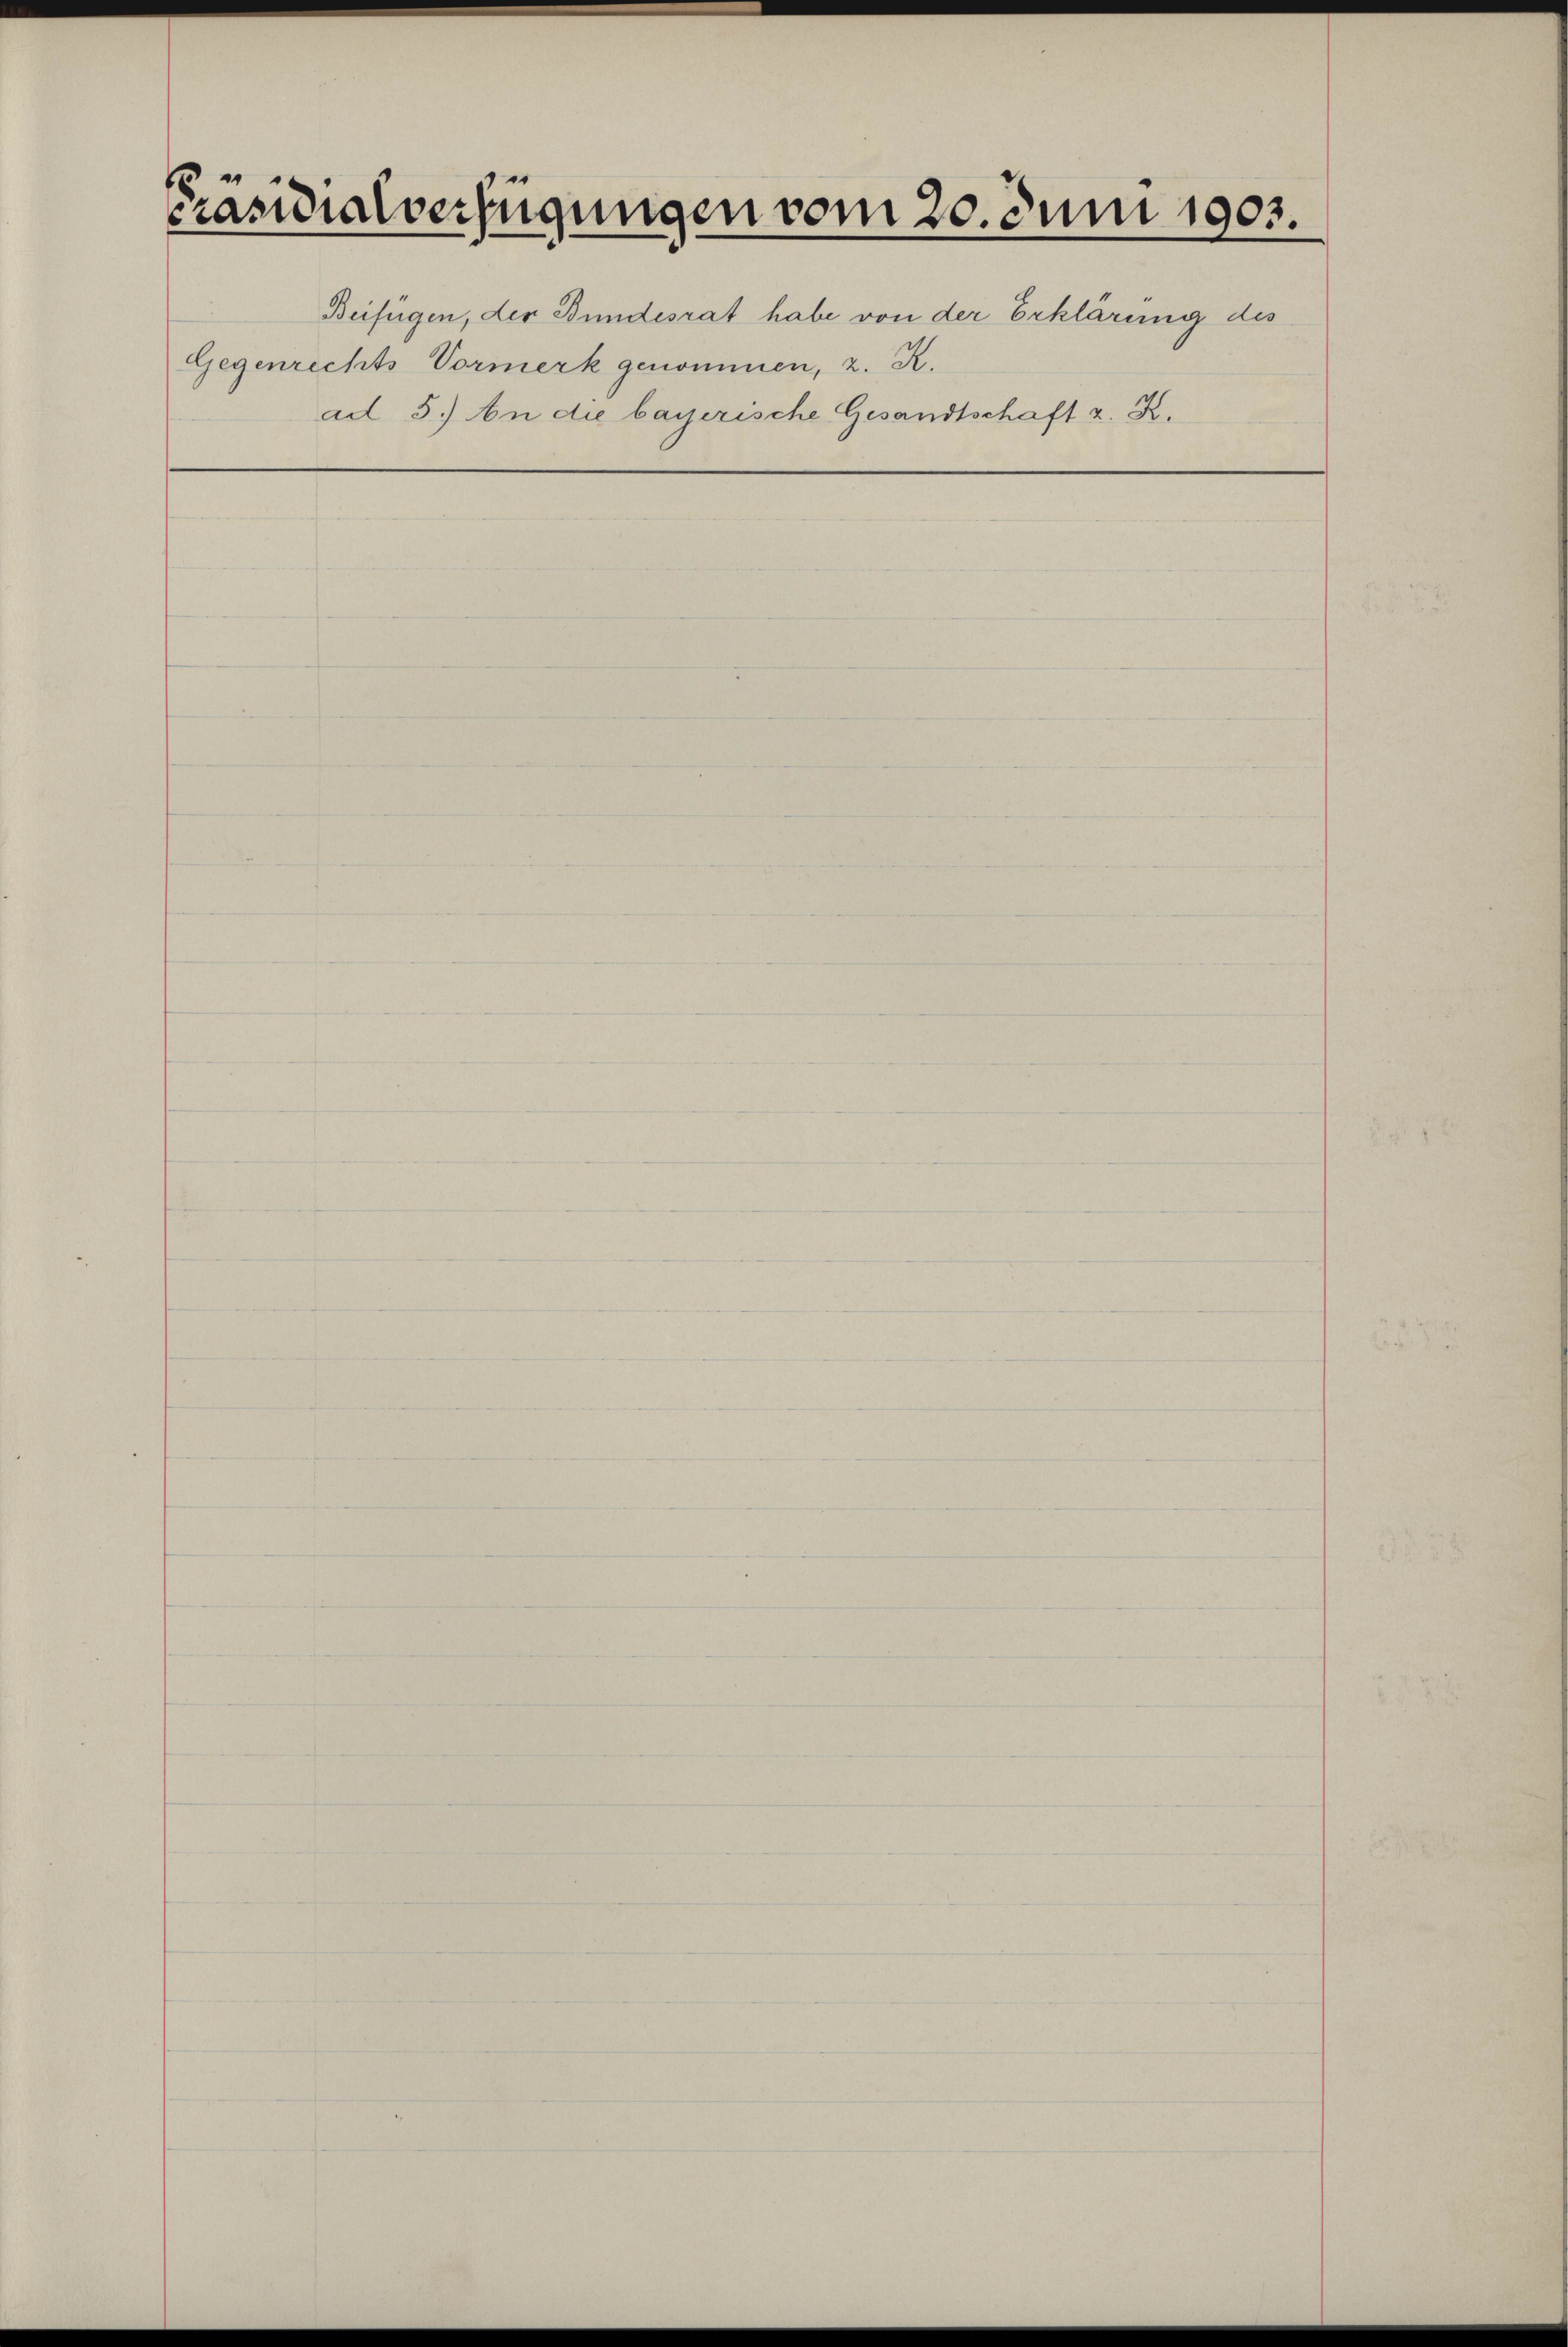
Präsidialverfügungen vom 20. Juni 1903.

Gegenrechts Vormerk genommen, z. R.

Beifügen, der Bundesrat habe von der Erklärung des
ad 5.) An die bayerische Gesandtschaft z. K.